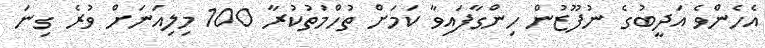
އެހެންވެ އަދީބުގެ ނުފޫޒުން ހިންގާފައިވާ ކަމަށް ތުހްމަތުކުރާ 100 މިލިއަނަށް ވުރެ ގިނަ